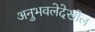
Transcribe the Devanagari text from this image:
अनुभवलेदेखील